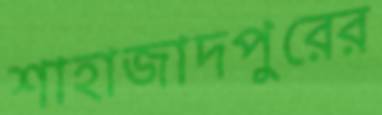
শাহাজাদপুরের